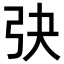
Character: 𢎹